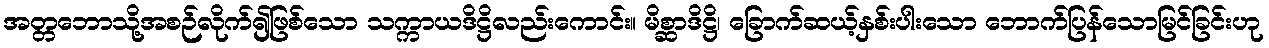
အတ္တဘောသို့အစဉ်လိုက်၍ဖြစ်သော သက္ကာယဒိဋ္ဌိလည်းကောင်း။ မိစ္ဆာဒိဋ္ဌိ၊ ခြောက်ဆယ့်နှစ်းပါးသော ဘောက်ပြန်သောမြင်ခြင်းဟု